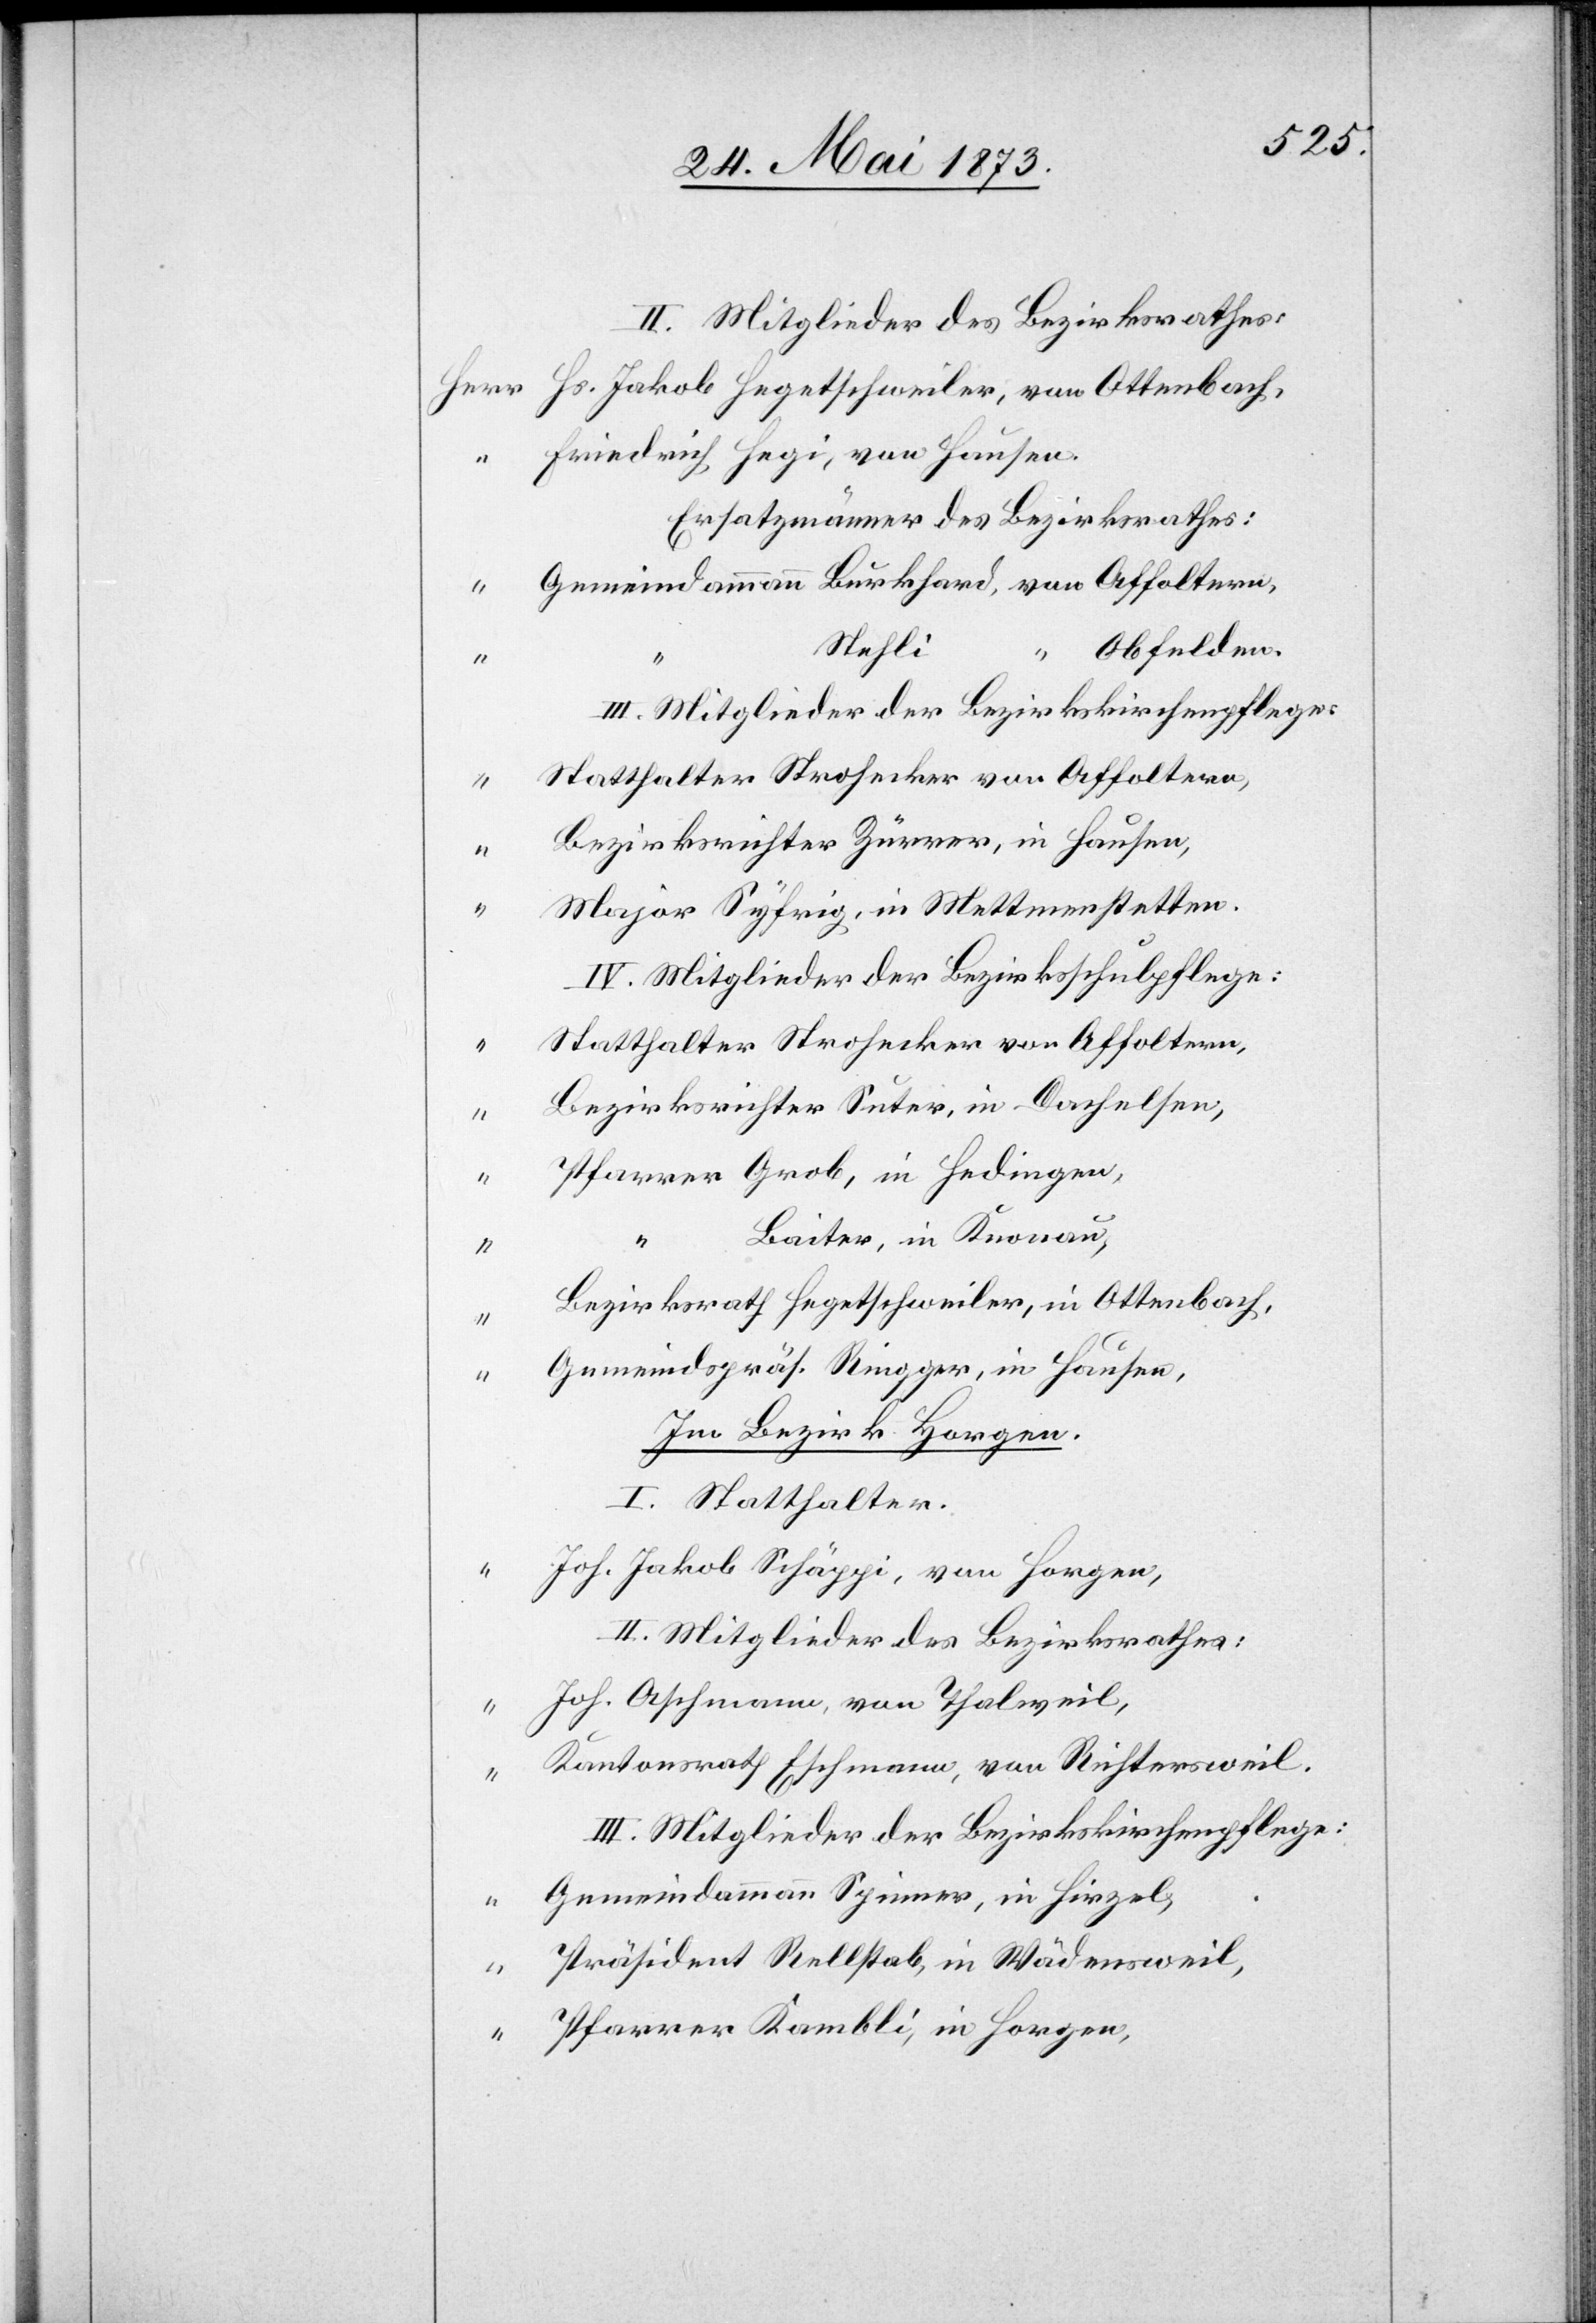
Hs. Jakob Hegetschweiler, von Ottenbach,
Friedrich Hegi, von Hausen.
Ersatzmänner des Bezirksrathes:
Gemeindammann Burkhard, von Affoltern,
Stefli
“ Obfelden.
III. Mitglieder der Bezirkskirchenpflege:
Statthalter Strohecker von Affoltern,
“
Bezirksrichter Zürrer, in Hausen,
“
Major Syfrig, in Mettmenstetten.
IV. Mitglieder der Bezirksschulpflege:
Statthalter Strohecker von Affoltern,
“
Bezirksrichter Suter, in Dachelsen,
Pfarrer Grob, in Hedingen,
Baiter, in Knonau,
Herr
Bezirksrath Hegetschweiler, in Ottenbach,
Gemeindspräs. Ringger, in Hausen,
Im Bezirk Horgen
I. Statthalter.
Joh. Jakob Schäppi, von Horgen,
II. Mitglieder des Bezirksrathes:
Joh. Aschmann, von Thalweil,
Kantonsrath Eschmann, von Richtersweil.
“
III. Mitglieder der Bezirkskirchenpflege:
Gemeindeammann Spinner, in Hirzel,
Präsident Rellstab, in Wädensweil,
“
Pfarrer Kambli, in Horgen,